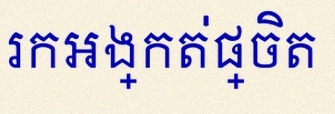
រកអង្កត់ផ្ចិត